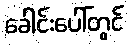
ခေါင်းပေါ်တွင်